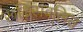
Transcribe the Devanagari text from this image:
रूढ़िसंवलित